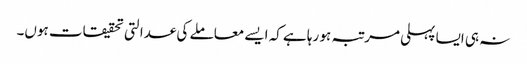
نہ ہی ایسا پہلی مرتبہ ہو رہا ہے کہ ایسے معاملے کی عدالتی تحقیقات ہوں۔